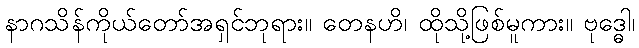
နာဂသိန်ကိုယ်တော်အရှင်ဘုရား။ တေနဟိ၊ ထိုသို့ဖြစ်မူကား။ ဗုဒ္ဓေါ၊